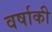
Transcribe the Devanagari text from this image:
वर्षाकी